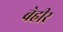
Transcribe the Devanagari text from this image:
बेहीर